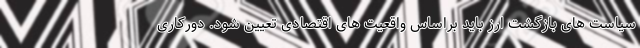
سیاست های بازگشت ارز باید براساس واقعیت های اقتصادی تعیین شود. دورکاری